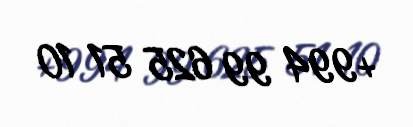
+994 99 625 51 10